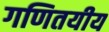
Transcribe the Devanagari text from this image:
गणितयीय